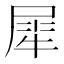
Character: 犀